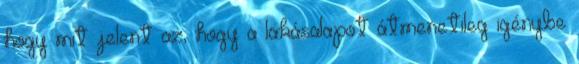
hogy mit jelent az, hogy a lakásalapot átmenetileg igénybe